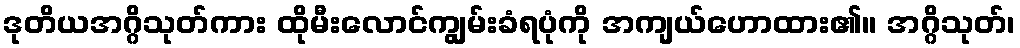
ဒုတိယအဂ္ဂိသုတ်ကား ထိုမီးလောင်ကျွမ်းခံရပုံကို အကျယ်ဟောထား၏။ အဂ္ဂိသုတ်၊